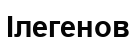
Ілегенов